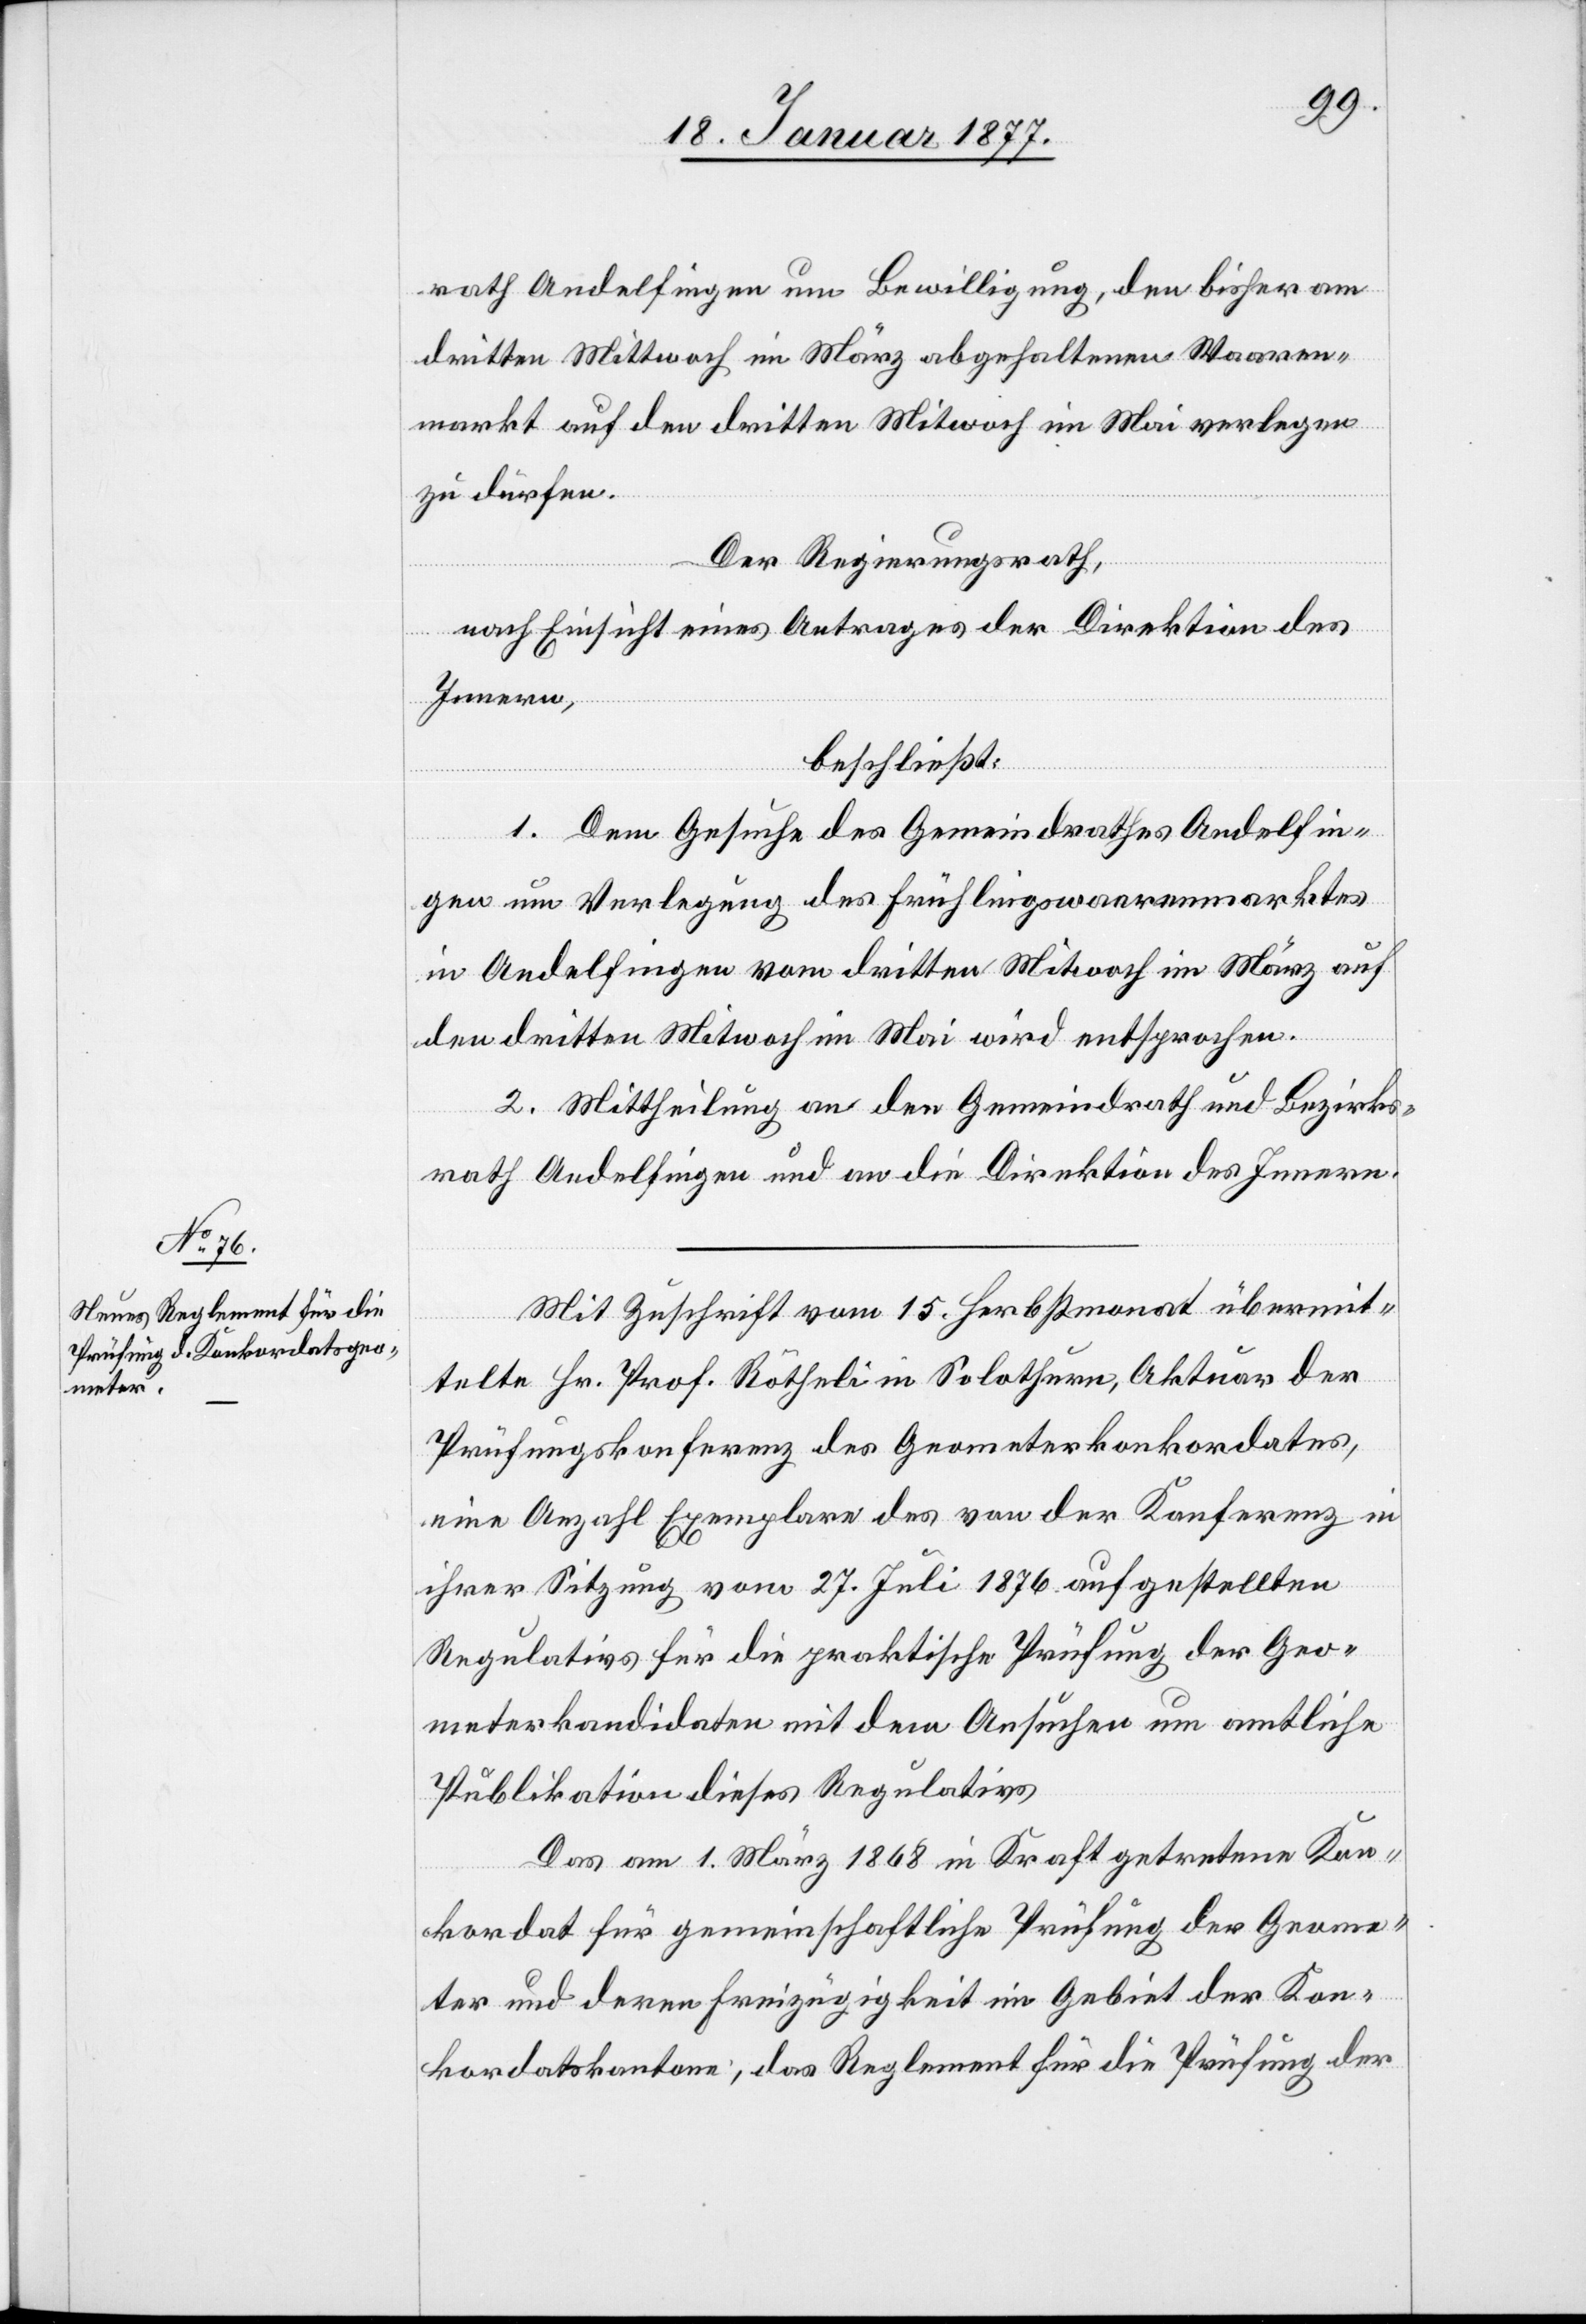
rath Andelfingen um Bewilligung, den bisher am
dritten Mitwoch im März abgehaltenen Waaren¬
markt auf den dritten Mitwoch im Mai verlegen
zu dürfen.
Der Regierungsrath,
nach Einsicht eines Antrages der Direktion des
Innern,
beschließt:
1. Dem Gesuche des Gemeindrathes Andelfin¬
gen um Verlegung des Frühlingswaarenmarktes
in Andelfingen vom dritten Mitwoch im März auf
den dritten Mitwoch im Mai wird entsprochen.
2. Mittheilung an den Gemeindrath und Bezirks¬
rath Andelfingen und an die Direktion des Innern.
Mit Zuschrift vom 15. Herbstmonat übermit¬
telte Hr. Prof. Rötheli in Solothurn, Aktuar der
Prüfungskonferenz des Geometerkonkordates,
eine Anzahl Exemplare des von der Konferenz in
ihrer Sitzung vom 27. Juli 1876 aufgestellten
Regulatives für die praktische Prüfung der Geo¬
meterkandidaten mit dem Ansuchen um amtliche
Publikation dieses Regulatives[.]
Das am 1. März 1868 in Kraft getretene Kon¬
kordat für gemeinschaftliche Prüfung der Geome¬
ter und deren Freizügigkeit im Gebiet der Kon¬
kordatskantone, das Reglement für die Prüfung der